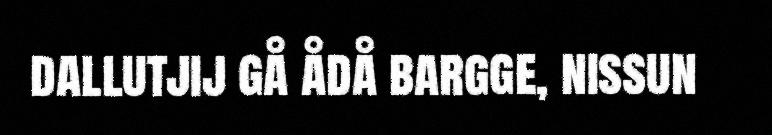
dallutjij gå ådå bargge, nissun